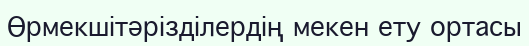
Өрмекшітәрізділердің мекен ету ортасы